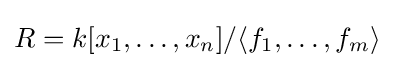
R=k[x_{1},\ldots ,x_{n}]/\langle f_{1},\ldots ,f_{m}\rangle